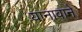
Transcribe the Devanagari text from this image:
यानावाने